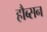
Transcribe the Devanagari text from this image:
हौब्सन